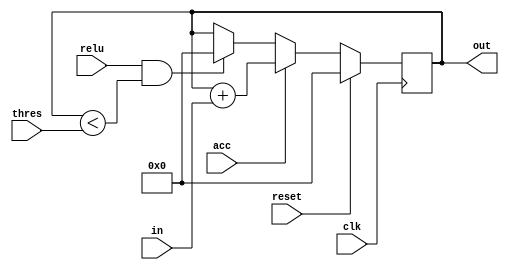
// Created by prof. Mingu Kang @VVIP Lab in UCSD ECE department
// Please do not spread this code without permission 
module sfp (out, in, thres, acc, relu, clk, reset);

parameter bw = 4;
parameter psum_bw = 16;

input clk;
input acc;
input relu;
input reset;

input signed [bw-1:0] in;
input signed [psum_bw-1:0] thres;

output  signed [psum_bw-1:0] out;

reg  signed [psum_bw-1:0] psum_q;

// Your code goes here

assign out = psum_q;
  
always @ (posedge clk) begin
  if (reset == 1)begin
    psum_q <= 0;
  end
  
  else if (acc == 1) begin
  	psum_q <= psum_q + in;
  end
  
  else if ((relu == 1) && (psum_q < thres))begin
    psum_q <= 0;
  end
end

endmodule